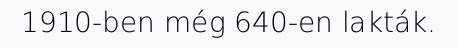
1910-ben még 640-en lakták.